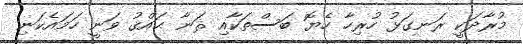
މުރާދަކީ ރަނގަޅު ހުރިހާ ހެޔޮ ބަސްތަކާއި ޘަނާ ޙައްޤު ވަނީ ހަމައެކަނި